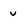
Character: v